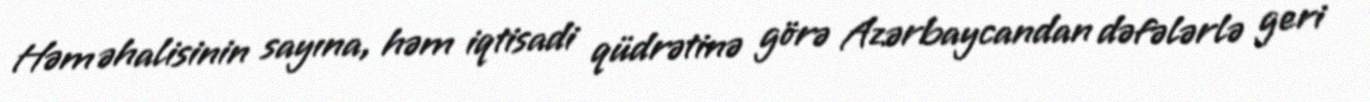
Həm əhalisinin sayına, həm iqtisadi qüdrətinə görə Azərbaycandan dəfələrlə geri